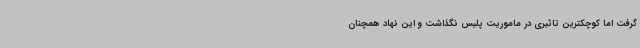
گرفت اما کوچکترین تاثیری در ماموریت پلیس نگذاشت و این نهاد همچنان